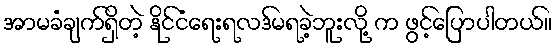
အာမခံချက်ရှိတဲ့ နိုင်ငံရေးရလဒ်မရခဲ့ဘူးလို့ က ဖွင့်ပြောပါတယ်။